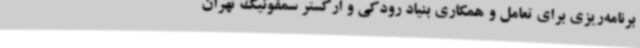
برنامه‌ریزی برای تعامل و همکاری بنیاد رودکی و ارکستر سمفونیک تهران